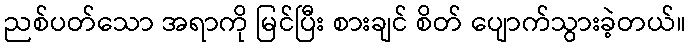
ညစ်ပတ်သော အရာကို မြင်ပြီး စားချင် စိတ် ပျောက်သွားခဲ့တယ်။